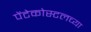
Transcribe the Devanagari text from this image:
पेंटेकोस्टलच्या